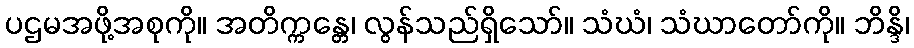
ပဌမအဖို့အစုကို။ အတိက္ကန္တေ၊ လွန်သည်ရှိသော်။ သံဃံ၊ သံဃာတော်ကို။ ဘိန္ဒိ၊